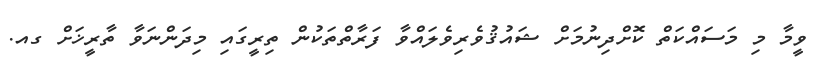
ވީމާ މި މަސައްކަތް ކޮށްދިނުމަށް ޝައުޤުވެރިވެލައްވާ ފަރާތްތަކުން ތިރީގައި މިދަންނަވާ ތާރީޚަށް ގއ.